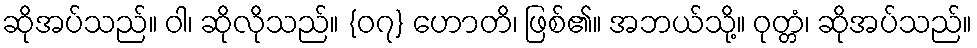
ဆိုအပ်သည်။ ဝါ၊ ဆိုလိုသည်။ {၀၇} ဟောတိ၊ ဖြစ်၏။ အဘယ်သို့။ ဝုတ္တံ၊ ဆိုအပ်သည်။